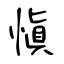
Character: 愼